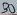
Text: 30